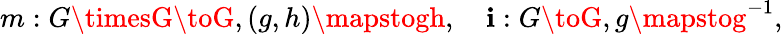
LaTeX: m:G\timesG\toG,(g,h)\mapstogh,\quad\mathbf{i}:G\toG,g\mapstog^{-1},